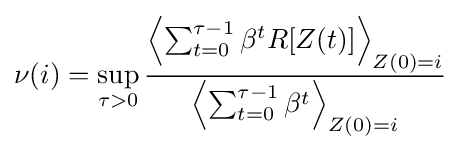
\nu (i)=\sup _{\tau >0}{\frac {\left\langle \sum _{t=0}^{\tau -1}\beta ^{t}R[Z(t)]\right\rangle _{Z(0)=i}}{\left\langle \sum _{t=0}^{\tau -1}\beta ^{t}\right\rangle _{Z(0)=i}}}